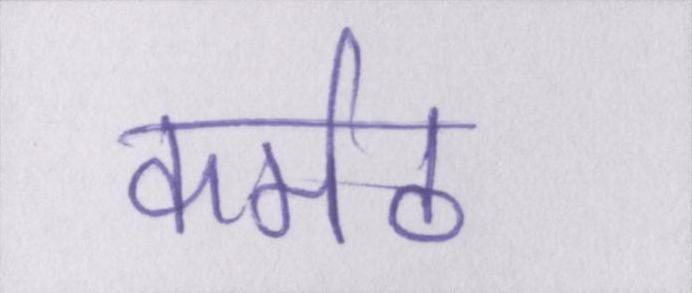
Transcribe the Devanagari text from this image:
कर्मठ